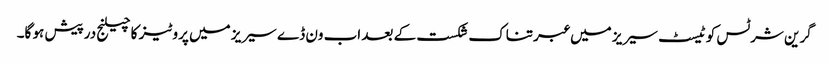
گرین شرٹس کو ٹیسٹ سیریز میں عبرتناک شکست کے بعد اب ون ڈے سیریز میں پروٹیز کا چیلنج درپیش ہو گا۔